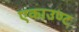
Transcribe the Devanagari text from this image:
एकाउण्ट